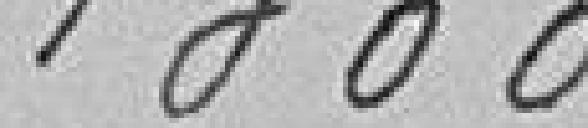
1300